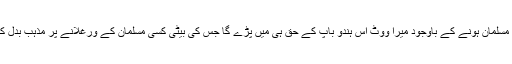
ان تمام عقلی دلیلوں اور اپنے مسلمان ہونے کے باوجود میرا ووٹ اس ہندو باپ کے حق ہی میں پڑے گا جس کی بیٹی کسی مسلمان کے ورغلانے پر مذہب بدل کر اس کے نکاح میں آ جائے۔